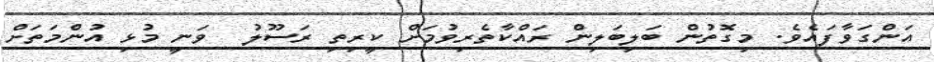
އަންގަވާފައެވެ. މިގޮތުން ބަލިބަލިން ރައްކާތެރިވުމަށް ކީރިތި ރަސޫލު  ވަނީ މުޅި އުންމަތަށް